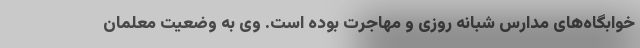
خوابگاه‌های مدارس شبانه روزی و مهاجرت بوده است. وی به وضعیت معلمان